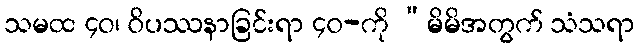
သမထ ၄၀၊ ဝိပဿနာခြင်းရာ ၄၀-ကို “မိမိအတွက် သံသရာ